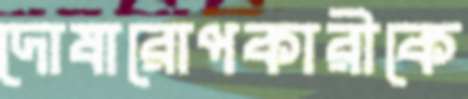
দোষারোপকারীকে